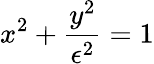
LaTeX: x^{2}+\frac{y^{2}}{\epsilon^{2}}=1